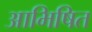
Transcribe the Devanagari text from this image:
आभिषित